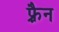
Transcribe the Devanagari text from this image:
फ़्रैन